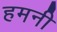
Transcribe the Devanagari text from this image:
हमनी